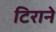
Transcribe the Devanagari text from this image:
टिराने